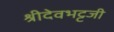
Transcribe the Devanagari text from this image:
श्रीदेवभट्टजी